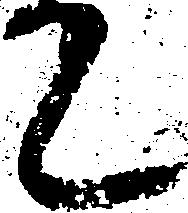
て